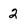
Character: 2